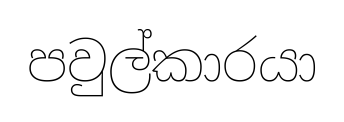
පවුල්කාරයා